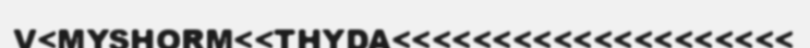
V<MYSHORM<<THYDA<<<<<<<<<<<<<<<<<<<<